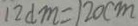
1 2 d m = 1 2 0 c m